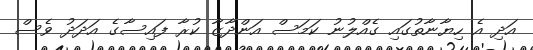
އަދި އެ ހިޔާނާތުގައި ގެއްލުނު ކަމަސް އަންދާޒާ ކުރާ ފައިސާގެ އަދަދު ވެސް